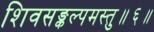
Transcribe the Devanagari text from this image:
शिवसङ्कल्पमस्तु॥६॥